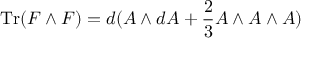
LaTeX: \mathrm { T r } ( F \wedge F ) = d ( A \wedge d A + { \frac { 2 } { 3 } } A \wedge A \wedge A )